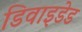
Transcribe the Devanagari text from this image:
डिवाइडेड